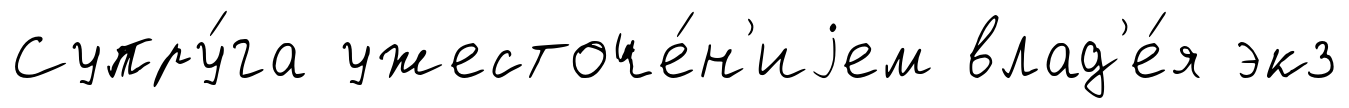
Супру́га ужесточе́н'иjем влад'е́я экз